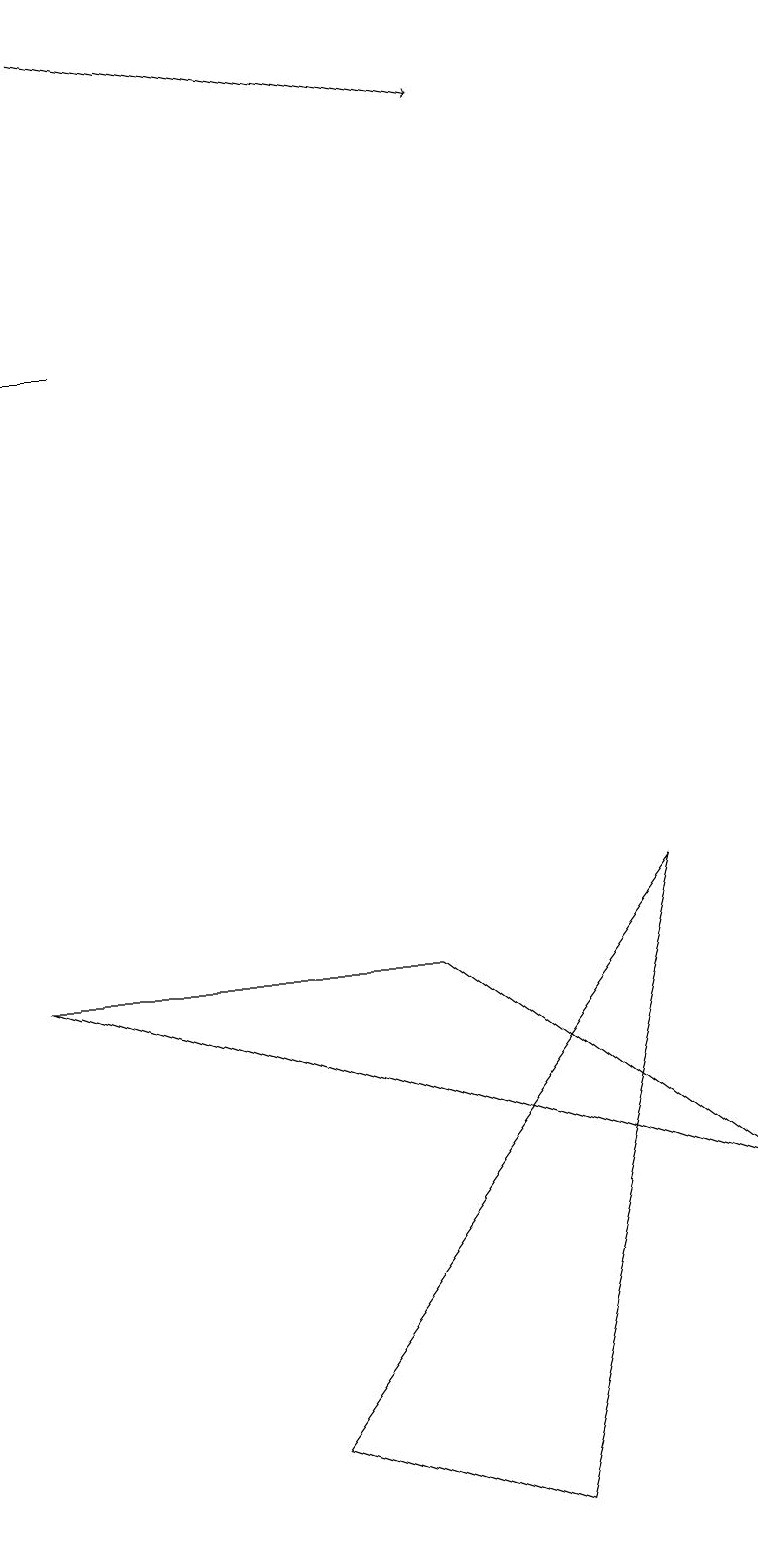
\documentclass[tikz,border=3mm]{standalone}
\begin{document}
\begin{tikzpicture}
\draw (3,1) -- (6,0) -- (8,8) -- cycle;
\draw (5,7) -- (9,4) -- (0,7) -- cycle;
\draw[->] (1,19) -- (6,18);
\draw[->] (1,15) -- (0,15);
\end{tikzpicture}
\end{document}